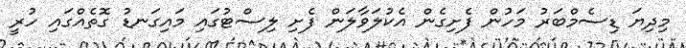
މިދިޔަ ޑިސެމްބަރު މަހުން ފެށިގެން އެކުލަވާލަން ފެށި ލިސްޓުގައި މައިގަނޑު ގޮތެއްގައި ހުރީ